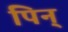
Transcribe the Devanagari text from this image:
पिन्